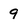
Character: 9